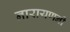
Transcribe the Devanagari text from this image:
नारायणनी